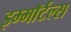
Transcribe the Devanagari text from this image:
इम्माॅर्टल्स